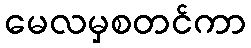
မေလမှစတင်ကာ